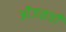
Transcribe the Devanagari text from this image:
ओंजळची